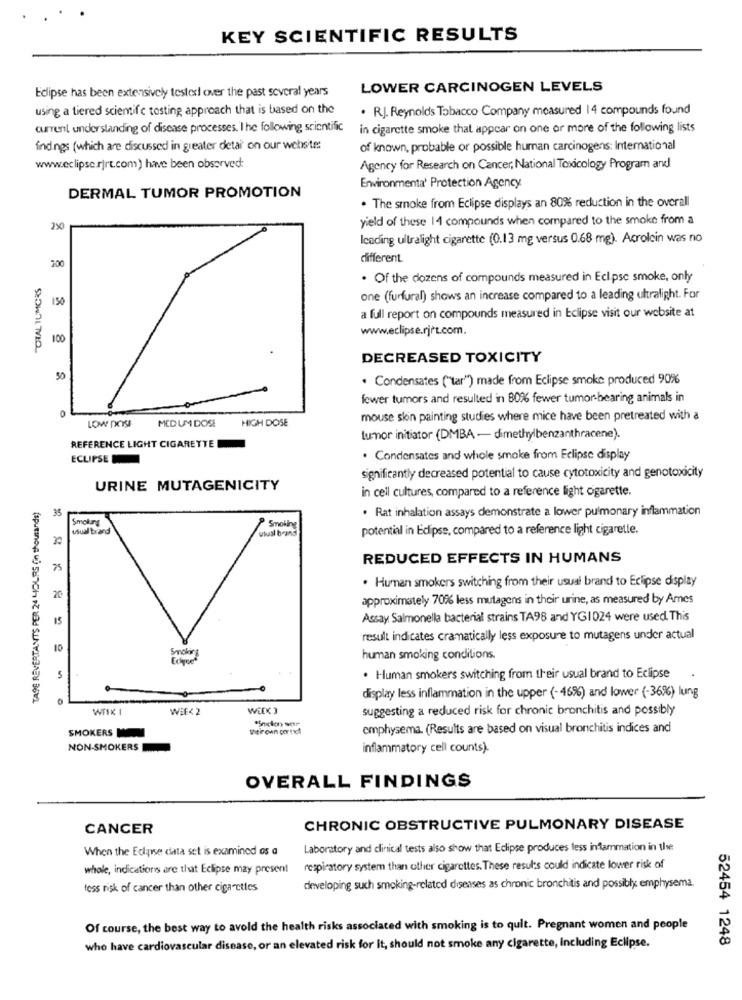
KEY SCIENTIFIC RESULTS
Eclipse has been extensively tested over the past several years
LOWER CARCINOGEN LEVELS
using a tiered scientific testing approach that is based on the
. R.J. Reynolds Tobacco Company measured 14 compounds found
current understanding of disease processes. The following scientific
in cigarette smoke that appear on one or more of the following lists
findings (which are discussed in greater detai on our website:
of known, probable or possible human carcinogens: International
www.eclipse.rjrt.com) have been observed:
Agency for Research on Cancer, National Toxicology Program and
Environmental Protection Agency
DERMAL TUMOR PROMOTION
. The smoke from Eclipse displays an 80% reduction in the overall
yield of these 14 compounds when compared to the smoke from a
leading ultralight cigarette (0.13 mg versus 0.68 mg). Atrolcin was no
different
200
TOTAL TUMORS
. Of the dozens of compounds measured in Eclipse smoke, only
150
one (furfural) shows an increase compared to a leading ultralight. For
a full report on compounds measured in Eclipse visit our website at
www.eclipse.rjrt.com.
100
DECREASED TOXICITY
50
80 3 8 8
. Condensates ("tar") made from Eclipse smoke produced 90%
fewer tumors and resulted in 80% fewer tumor-bearing animals in
0
LOW DOSE
MED UM DOSE
HIGH DOSE
mouse skin painting studies where mice have been pretreated with a
tumor initiator (DMBA - dimethylbenzanthracene).
REFERENCE LIGHT CIGARETTE
ECLIPSE
. Condensates and whole smoke from Eclipse display
significantly decreased potential to cause cytotoxicity and genotoxicity
URINE MUTAGENICITY
TAPE REVERTANTS PER 24 HOURS (n thousands)
in ceil cultures, compared to a reference light cigarette.
35
. Rat inhalation assays demonstrate a lower pulmonary inflammation
Smokung
usual brand
utal brand
Smoking
potential in Eclipse, compared to a reference light cigarette.
REDUCED EFFECTS IN HUMANS
75
. Human smokers switching from their usual brand to Eclipse display
20
approximately 70% less mutagens in their urine, as measured by Ames
15
Assay Salmonella bacterial strains TA98 and YG1 024 were used. This
result indicates cramatically less exposure to mutagens under actual
10
human smoking conditions.
5
. Human smokers switching from their usual brand to Eclipse
display less inflammation in the upper (-46%) and lower (-36%) lung
WFIK 1
WEEK 2
WEEK )
suggesting a reduced risk for chronic bronchitis and possibly
theirown correct
emphysema. (Results are based on visual bronchitis indices and
SMOKERS
NON-SMOKERS
inflammatory cell counts).
OVERALL FINDINGS
CANCER
CHRONIC OBSTRUCTIVE PULMONARY DISEASE
When the Eclipse data set is examined os a
Laboratory and clinical tests also show that Eclipse produces less inflammation in thse
whole, indications are that Eclipse may present
respiratory system than other cigarettes. These results could indicate lower risk of
tess risk of cancer than other cigarettes
developing such smoking-related diseases as chronic bronchitis and possibly emphysema.
Of course, the best way to avold the health risks associated with smoking is to quit. Pregnant women and people
52454 1248
who have cardiovascular disease, or an elevated risk for It, should not smoke any cigarette, Including Eclipse.